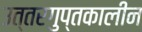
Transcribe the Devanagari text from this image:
उत्तरगुप्तकालीन